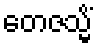
တေဇသ္မိံ